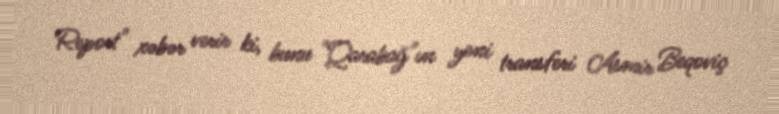
Report" xəbər verir ki, bunu "Qarabağ"ın yeni transferi Asmir Beqoviç